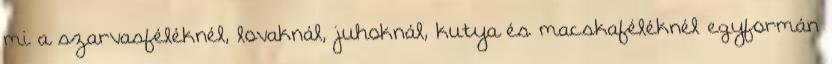
mi a szarvasféléknél, lovaknál, juhoknál, kutya és macskaféléknél egyformán